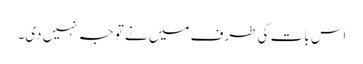
اس بات کی طرف میں نے توجہ نہیں دی۔